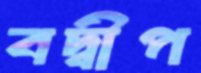
বদ্বীপ